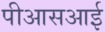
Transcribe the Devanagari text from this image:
पीआसआई